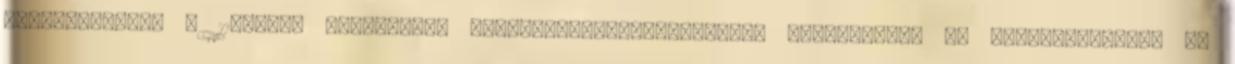
nyilvánítják, s 11.03-ra ideiglenes nemzetvezetõ-választásra összehívják az Országgyûlést. Az